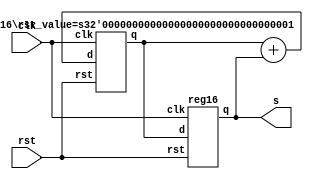
`timescale 1ns / 1ps

module fibonacci(clk, rst, s);

wire [15:0] s0, s1, s2;
input clk;
input rst;
output [15:0] s;


reg16 regX(
	.clk(clk),
	.rst(rst),
	.d(s1),
	.q(s0));

reg16 #(.rst_value(1)) 
	regY(
	.clk(clk),
	.rst(rst),
	.d(s2),
	.q(s1));
	
	assign s2 = s1 + s0;
	assign s = s0;	
endmodule



module reg16(clk, rst, d, q);

	parameter rst_value = 0;

	input clk, rst;
	input [15:0] d;
	output [15:0] q;
	reg [15:0] q;
	
	always @(posedge clk or posedge rst)
	begin
		if (rst == 1)
			q <= rst_value;
		else
			q <= d;
	end
endmodule